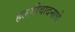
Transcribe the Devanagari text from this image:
हलगीवादनाचे